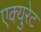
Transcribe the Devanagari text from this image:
एक्युरेट